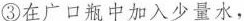
③在广口瓶中加入少量水，